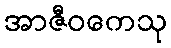
အာဇီဝကေသု